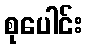
စုပေါင်း